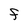
Character: F